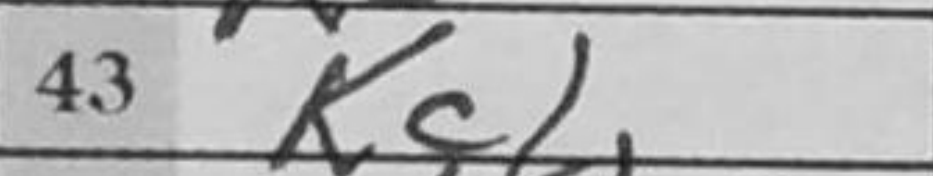
Transcription: Kc1